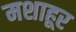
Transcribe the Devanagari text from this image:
मशाहूर